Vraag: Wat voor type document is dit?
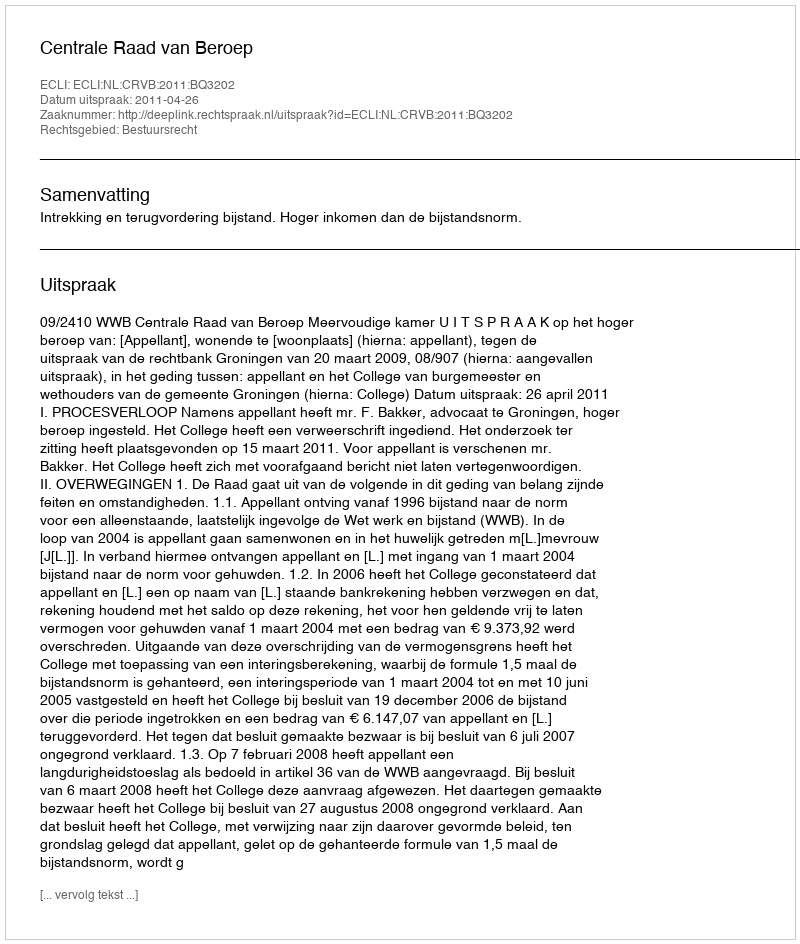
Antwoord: Uitspraak